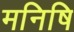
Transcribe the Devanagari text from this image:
मनिषि